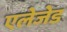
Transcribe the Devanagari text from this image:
एलेजेड